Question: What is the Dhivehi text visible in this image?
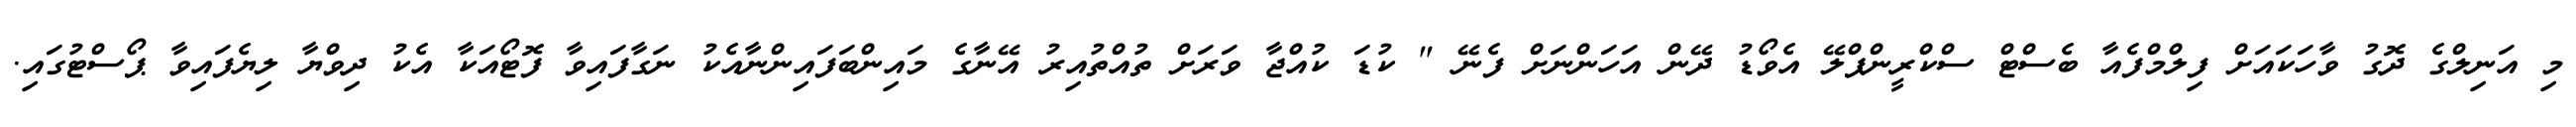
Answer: މި އަނިލްގެ ދޮގު ވާހަކައަށް ފިލްމްފެއާ ބެސްޓް ސްކްރީންޕްލޭ އެވޯޑު ދޭން އަހަންނަށް ފެނޭ " ކުޑަ ކުއްޖާ ވަރަށް ތުއްތުއިރު އޭނާގެ މައިންބަފައިންނާއެކު ނަގާފައިވާ ފޮޓޯއަކާ އެކު ދިވްޔާ ލިޔެފައިވާ ޕޯސްޓުގައި.